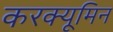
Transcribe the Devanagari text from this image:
करक्यूमिन